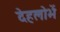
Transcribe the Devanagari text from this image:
देहलोभें